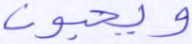
ويحبون